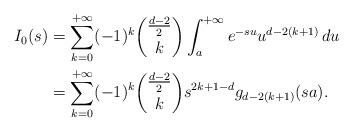
LaTeX: \begin{align*}I_0(s)&=\sum_{k=0}^{+\infty} (-1)^k\dbinom{\frac{d-2}{2}}{k}\int_a^{+\infty} e^{-su} u^{d-2(k+1)}\, d u\\&=\sum_{k=0}^{+\infty} (-1)^k\dbinom{\frac{d-2}{2}}{k}s^{2k+1-d}g_{d-2(k+1)}(sa).\end{align*}